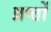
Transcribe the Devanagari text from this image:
प्रष्ठों